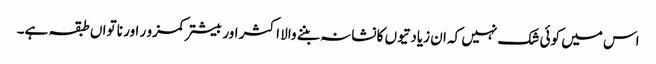
اس میں کوئی شک نہیں کہ ان زیادتیوں کا نشانہ بننے والا اکثر اور بیشتر کمزو ر اور نا تواں طبقہ ہے۔